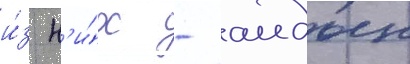
и́з н'и́х - аидын